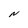
Character: N